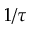
1 / \tau